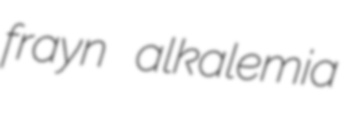
frayn alkalemia